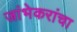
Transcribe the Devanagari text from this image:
जांभेकरांचा